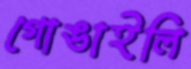
গোঙাইলি